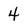
Character: 4